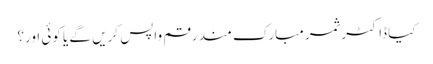
کیا ڈاکٹر ثمر مبارک مند رقم واپس کریں گے یا کوئی اور؟